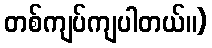
တစ်ကျပ်ကျပါတယ်။)